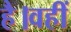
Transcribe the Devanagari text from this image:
है।वहीं